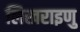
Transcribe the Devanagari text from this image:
लिखराइणु